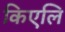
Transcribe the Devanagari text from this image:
किएलि